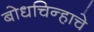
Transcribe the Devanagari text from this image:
बोधचिन्हाचे